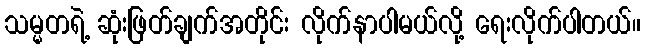
သမ္မတရဲ့ ဆုံးဖြတ်ချက်အတိုင်း လိုက်နာပါမယ်လို့ ရေးလိုက်ပါတယ်။